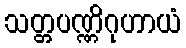
သတ္တပဏ္ဏိဂုဟာယံ